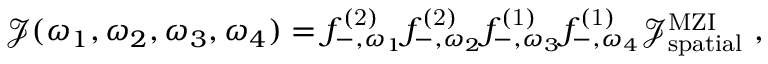
\begin{array} { r l } & { \mathcal { J } ( \omega _ { 1 } , \omega _ { 2 } , \omega _ { 3 } , \omega _ { 4 } ) = { f } _ { - , \omega _ { 1 } } ^ { \mathrm { ( 2 ) } } { f } _ { - , \omega _ { 2 } } ^ { \mathrm { ( 2 ) } } { f } _ { - , \omega _ { 3 } } ^ { \mathrm { ( 1 ) } } { f } _ { - , \omega _ { 4 } } ^ { \mathrm { ( 1 ) } } \mathcal { J } _ { \mathrm { s p a t i a l } } ^ { \mathrm { M Z I } } \ , } \end{array}